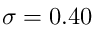
\sigma = 0 . 4 0